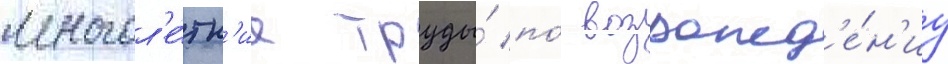
многол'е́тн'ие труды́ по́ возрожд'е́н'иу